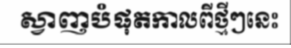
ស្វាញបំផុតកាលពីថ្មីៗនេះ